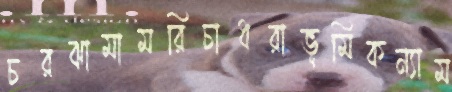
চরঝামামরিচাধরাভূমিকন্যাম